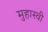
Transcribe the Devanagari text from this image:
मुहास्वी